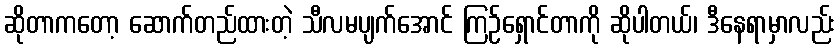
ဆိုတာကတော့ ဆောက်တည်ထားတဲ့ သီလမပျက်အောင် ကြဉ်ရှောင်တာကို ဆိုပါတယ်၊ ဒီနေရာမှာလည်း